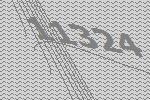
11324